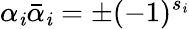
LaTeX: \alpha_{\mathit{i}}{\bar{{\alpha}}}_{\mathit{i}}=\pm(-1)^{s_{\mathit{i}}}